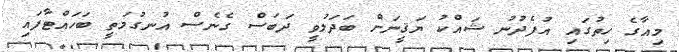
މިއާގެ ހިތުގައި އުފެދުނު ޝައްކު ޔަޤީނަށް ބަދަލުވީ ދަބަސް ގެނެސް އުނގުމަތީ ބަހައްޓާފައި